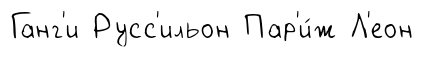
Ганг'и Русс'ильон Пар'и́ж Л'еон